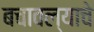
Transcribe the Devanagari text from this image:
बचावल्याचे